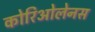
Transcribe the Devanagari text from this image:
कोरिओलेनस